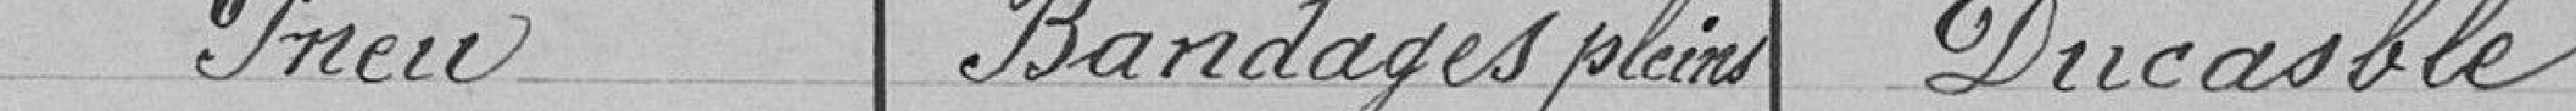
Pneu Bandages pleins Ducasble